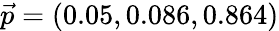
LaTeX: \vec{p}=(0.05,0.086,0.864)